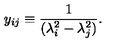
y _ { i j } \equiv \frac { 1 } { ( \lambda _ { i } ^ { 2 } - \lambda _ { j } ^ { 2 } ) } .